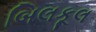
બિલકૂલ